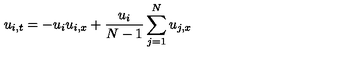
u _ { i , t } = - u _ { i } u _ { i , x } + { \frac { u _ { i } } { N - 1 } } \sum _ { j = 1 } ^ { N } u _ { j , x }